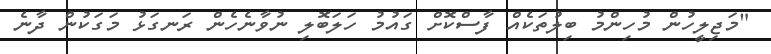
"މަޖިލީހުން މުހިންމު ބިލުތަކެއް ފާސްކޮށް ގައުމު ހަލަބޮލި ނުވާނެހެން ރަނގަޅު މަގަކުން ދާނެ